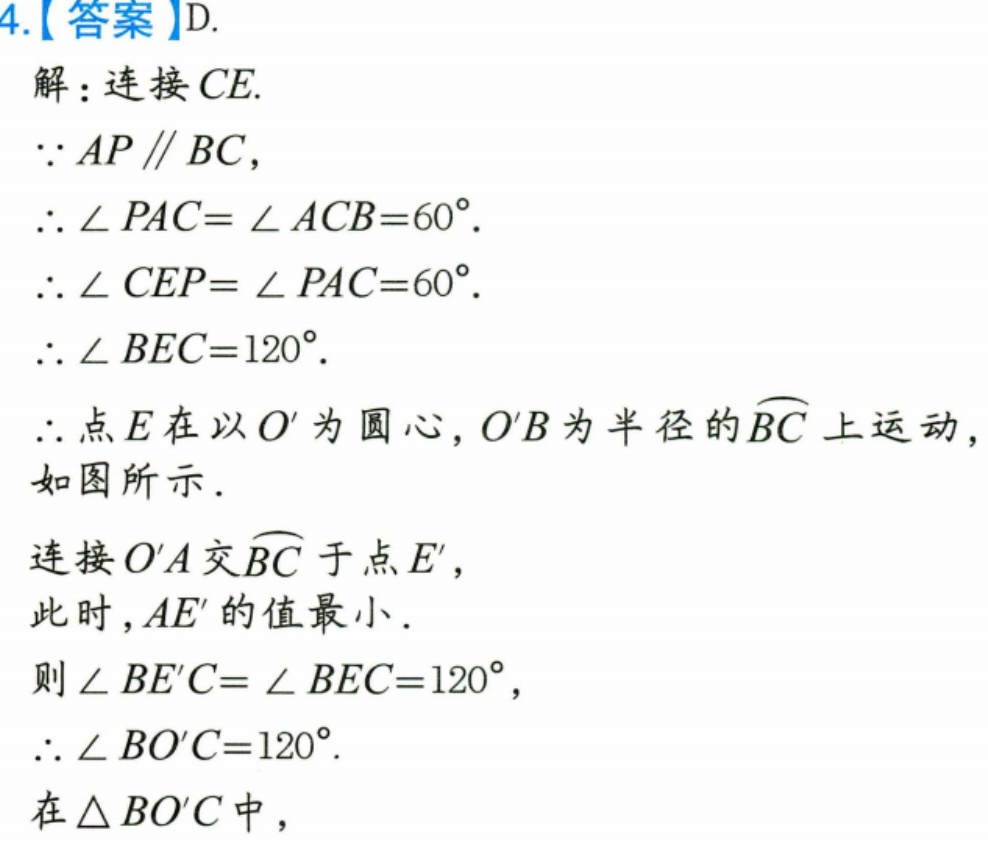
4.【答案】D.
解：连接 \(CE\).
因为 \(AP\parallel BC\)，
所以 \(\angle PAC = \angle ACB = 60^{\circ}\).
所以 \(\angle CEP=\angle PAC = 60^{\circ}\).
所以 \(\angle BEC = 120^{\circ}\).
所以点 \(E\) 在以 \(O'\) 为圆心，\(O'B\) 为半径的 \(\overset{\frown}{BC}\) 上运动，
如图所示.
连接 \(O'A\) 交 \(\overset{\frown}{BC}\) 于点 \(E'\)，
此时，\(AE'\) 的值最小.
则 \(\angle BE'C=\angle BEC = 120^{\circ}\)，
所以 \(\angle BO'C = 120^{\circ}\).
在 \(\triangle BO'C\) 中，